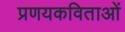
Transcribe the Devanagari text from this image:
प्रणयकविताओं